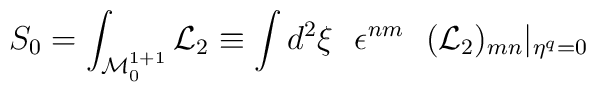
S_0 =\int_{{\cal M}^{1+1}_0}  {\cal L}_{2} \equiv \int d^2\xi ~~\epsilon^{nm} ~~({\cal L}_{2})_{mn} \vert_{\eta^q =0}